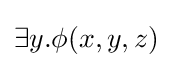
\exists y.\phi (x,y,z)